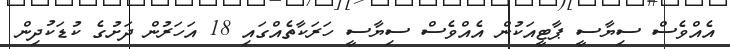
އެއްވެސް ސިޔާސީ ޕާޓީއަކުން އެއްވެސް ސިޔާސީ ހަރަކާތެއްގައި 18 އަހަރުން ދަށުގެ ކުޑަކުދިން